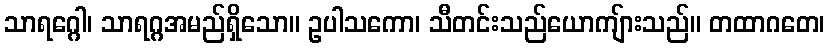
သာရဂ္ဂေါ၊ သာရဂ္ဂအမည်ရှိသော။ ဥပါသကော၊ သီတင်းသည်ယောကျ်ားသည်။ တထာဂတေ၊